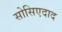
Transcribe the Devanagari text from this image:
सोसिएदाद